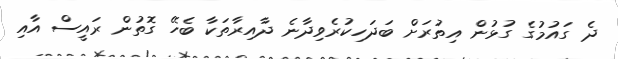
ދެ ގައުމުގެ ގުޅުން އިތުރަށް ބަދަހިކުރެވިދާނެ ދާއިރާތަކާ ބެހޭ ގޮތުން ރައީސް އާއި